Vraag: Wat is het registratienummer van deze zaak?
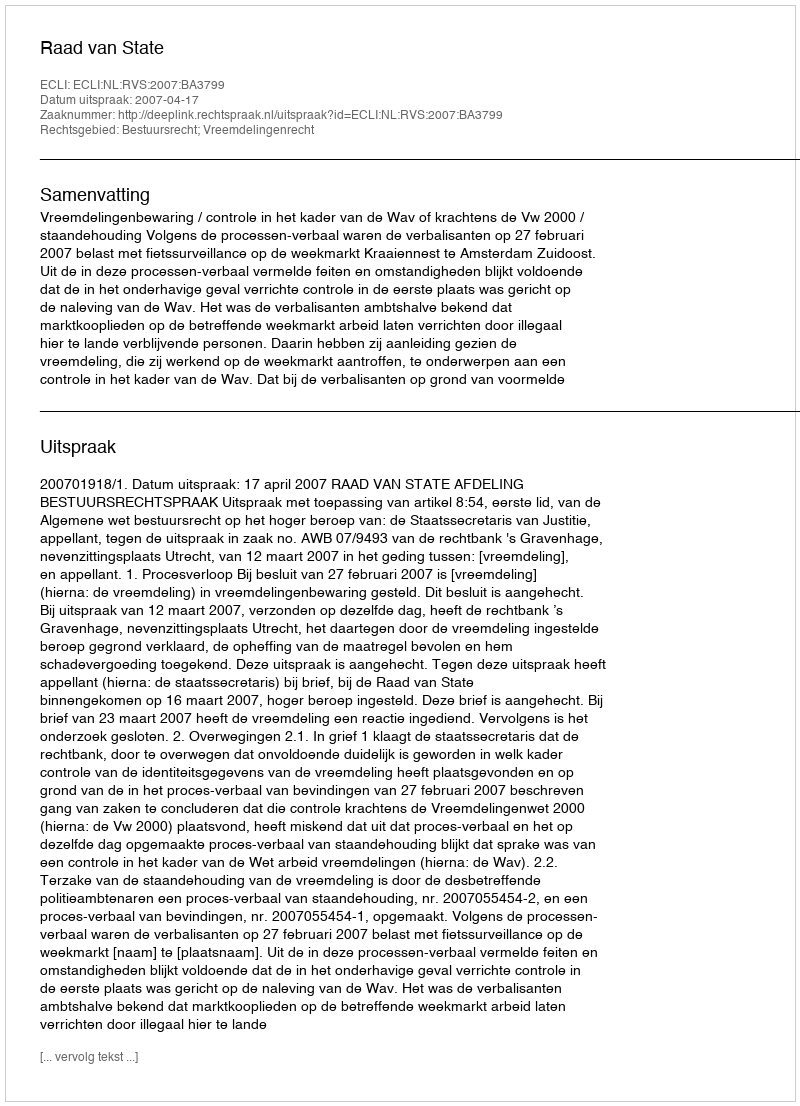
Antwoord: http://deeplink.rechtspraak.nl/uitspraak?id=ECLI:NL:RVS:2007:BA3799